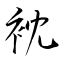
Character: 衴